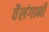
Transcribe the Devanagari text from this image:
वैलंगानी